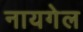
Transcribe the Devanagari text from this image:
नायगेल